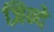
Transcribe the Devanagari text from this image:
ज़िन्दे